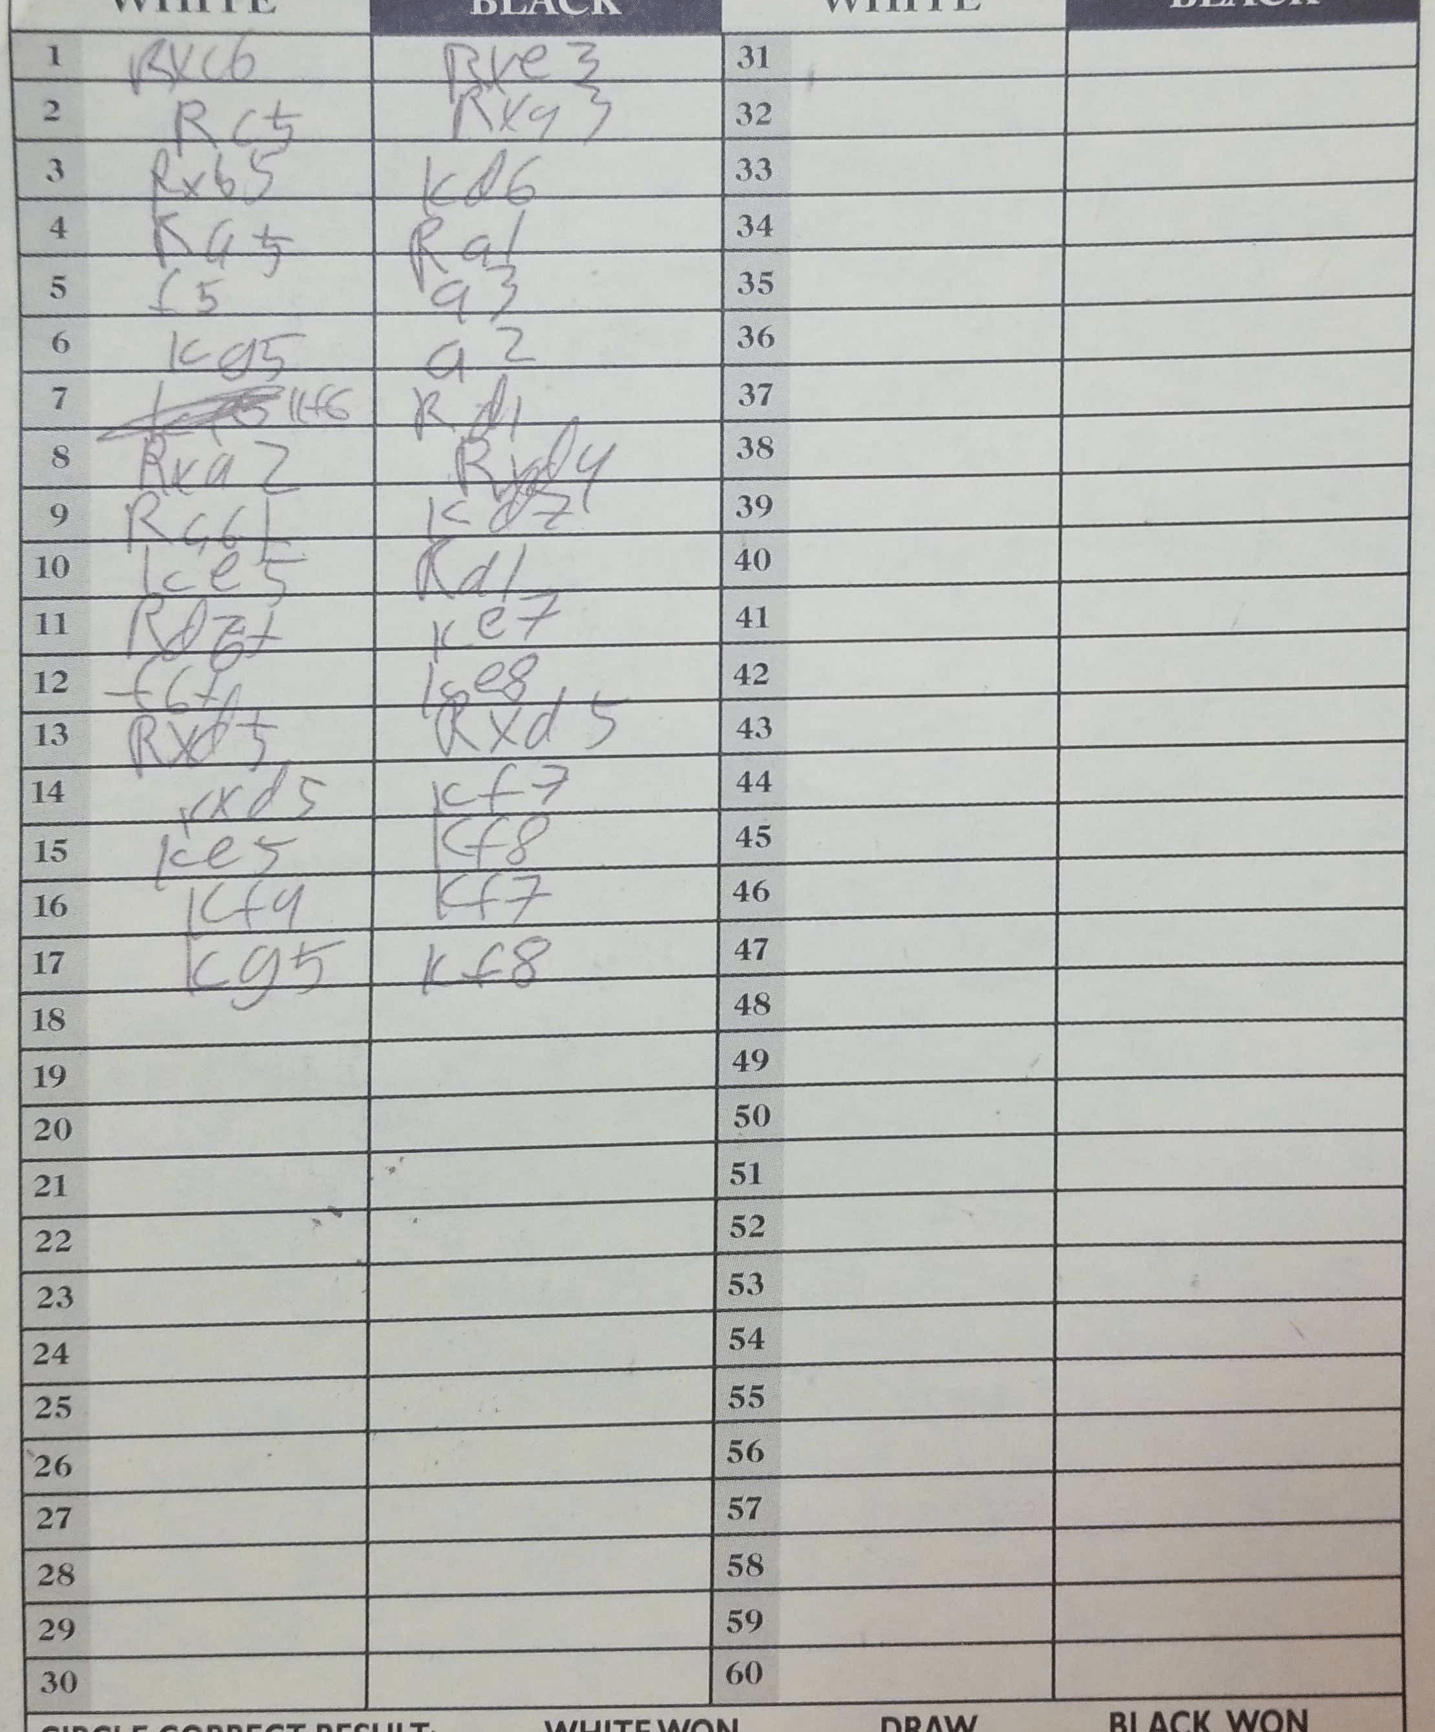
Moves: Rxc6 Bxe3 Rc5 Rxg3 Rxb5 Kd6 Ka5 Ra1 f5 a3 Kg5 a2 Kf6 Rd1 Rxa2 Rxd4 Rc6+ Kd7 Ke5 Rd1 Rd6+ Ke7 f6+ Ke8 Rxd5 Rxd5 Kxd5 Kf7 Ke5 Kf8 Kf4 Kf7 Kg5 Kf8